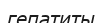
гепатиты